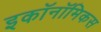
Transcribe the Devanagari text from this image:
इकॉनॉमिकस